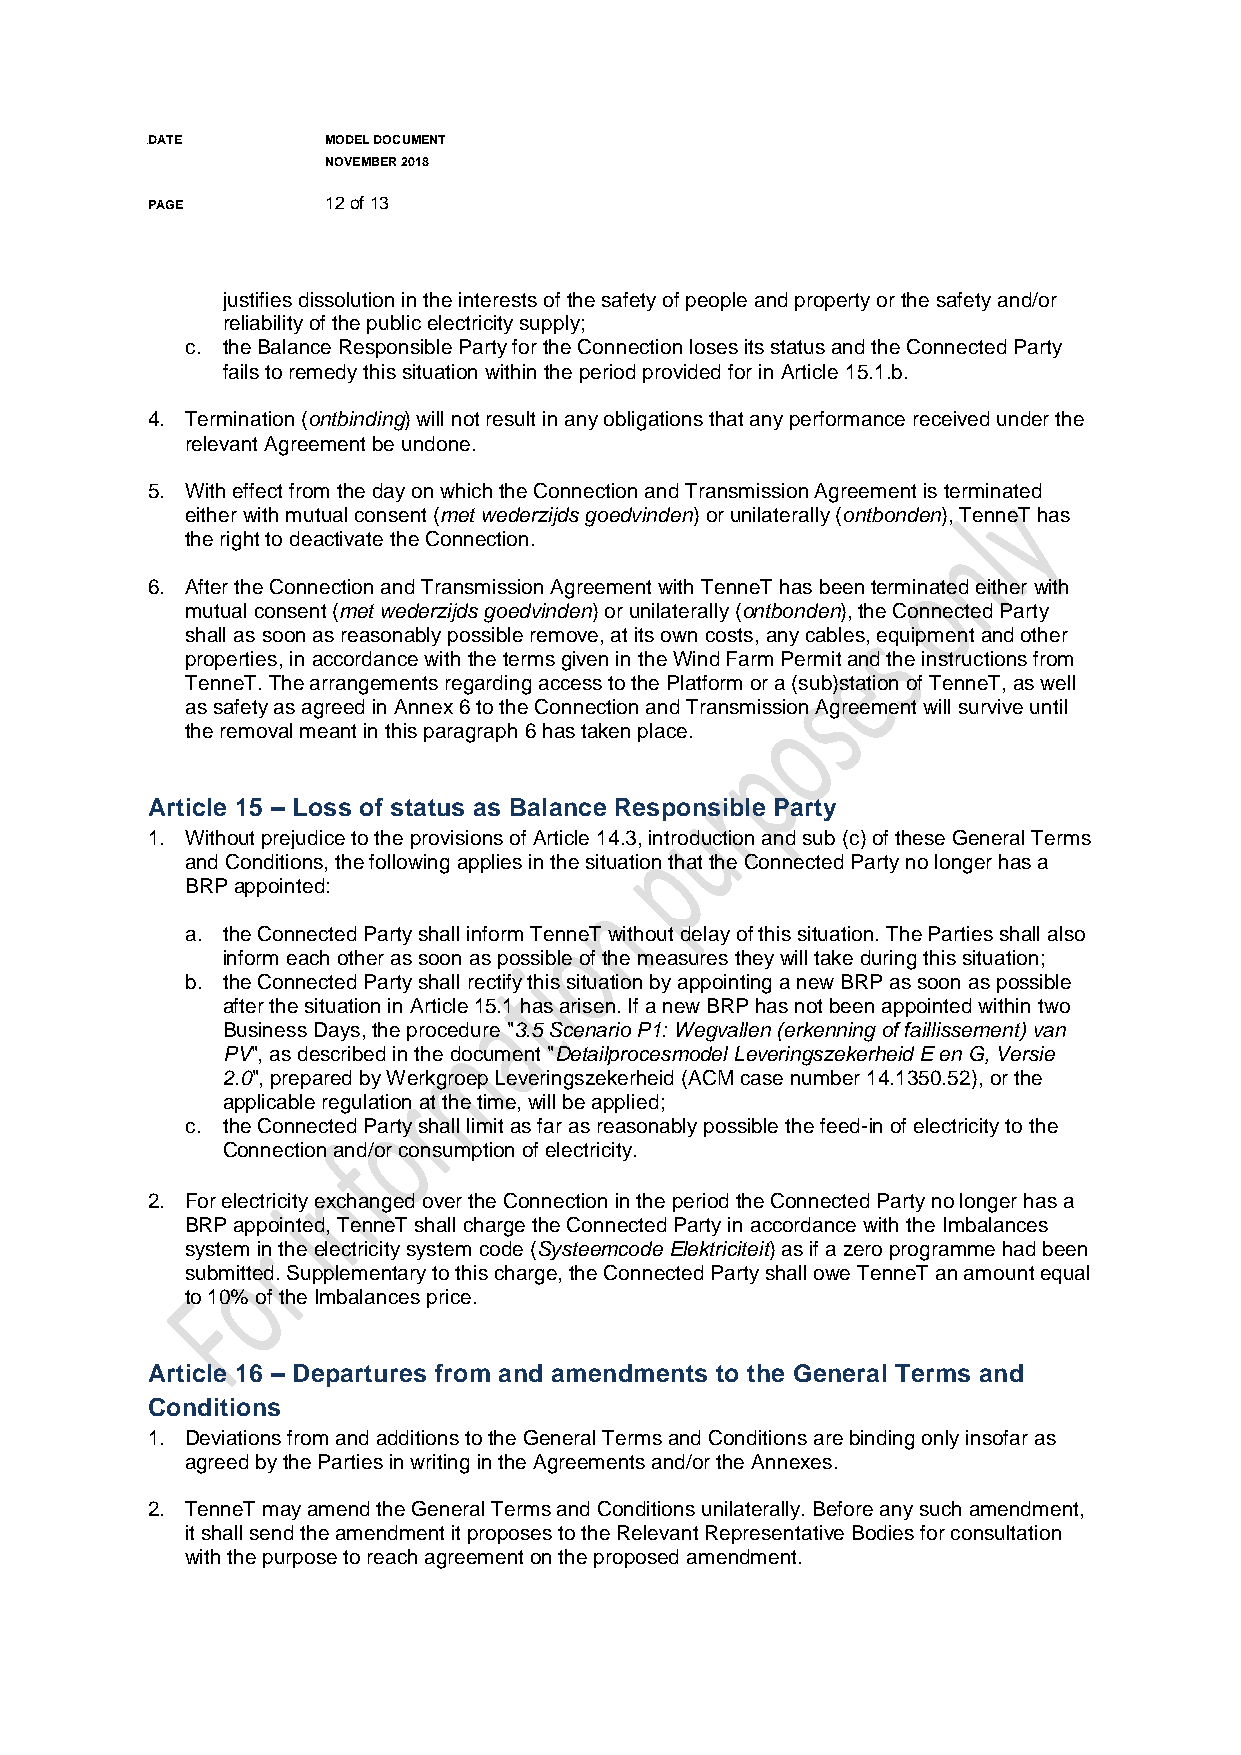
DADATE       MODEL DOCUMENT
 NOVEMBER 2018
 PAGE        12 of 13
 justifies dissolution in the interests of the safety of people and property or the safety and/or
 reliability of the public electricity supply;
 c. the Balance Responsible Party for the Connection loses its status and the Connected Party
 fails to remedy this situation within the period provided for in Article 15.1.b.
 4. Termination (ontbinding) will not result in any obligations that any performance received under the
 relevant Agreement be undone.
 5. With effect from the day on which the Connection and Transmission Agreement is terminated
 either with mutual consent (met wederzijds goedvinden) or unilaterally (ontbonden), TenneT has
 the right to deactivate the Connection.
 6. After the Connection and Transmission Agreement with TenneT has been terminated either with
 mutual consent (met wederzijds goedvinden) or unilaterally (ontbonden), the Connected Party
 shall as soon as reasonably possible remove, at its own costs, any cables, equipment and other
 properties, in accordance with the terms given in the Wind Farm Permit and the instructions from
 TenneT. The arrangements regarding access to the Platform or a (sub)station of TenneT, as well
 as safety as agreed in Annex 6 to the Connection and Transmission Agreement will survive until
 the removal meant in this paragraph 6 has taken place.
 Article 15 – Loss of status as Balance Responsible Party
 1. Without prejudice to the provisions of Article 14.3, introduction and sub (c) of these General Terms
 and Conditions, the following applies in the situation that the Connected Party no longer has a
 BRP appointed:
 a. the Connected Party shall inform TenneT without delay of this situation. The Parties shall also
 inform each other as soon as possible of the measures they will take during this situation;
 b. the Connected Party shall rectify this situation by appointing a new BRP as soon as possible
 after the situation in Article 15.1 has arisen. If a new BRP has not been appointed within two
 Business Days, the procedure "3.5 Scenario P1: Wegvallen (erkenning of faillissement) van
 PV", as described in the document "Detailprocesmodel Leveringszekerheid E en G, Versie
 2.0", prepared by Werkgroep Leveringszekerheid (ACM case number 14.1350.52), or the
 applicable regulation at the time, will be applied;
 c. the Connected Party shall limit as far as reasonably possible the feed-in of electricity to the
 Connection and/or consumption of electricity.
 2. For electricity exchanged over the Connection in the period the Connected Party no longer has a
 BRP appointed, TenneT shall charge the Connected Party in accordance with the Imbalances
 system in the electricity system code (Systeemcode Elektriciteit) as if a zero programme had been
 submitted. Supplementary to this charge, the Connected Party shall owe TenneT an amount equal
 to 10% of the Imbalances price.
 Article 16 – Departures from and amendments to the General Terms and
 Conditions
 1. Deviations from and additions to the General Terms and Conditions are binding only insofar as
 agreed by the Parties in writing in the Agreements and/or the Annexes.
 2. TenneT may amend the General Terms and Conditions unilaterally. Before any such amendment,
 it shall send the amendment it proposes to the Relevant Representative Bodies for consultation
 with the purpose to reach agreement on the proposed amendment.